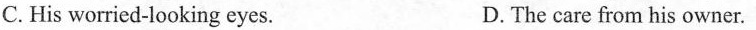
C.His worried-looking eyes. D.The care from his owner.